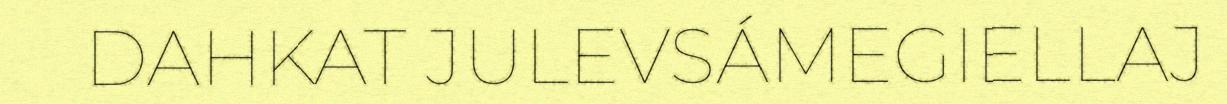
DAHKAT JULEVSÁMEGIELLAJ